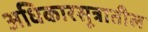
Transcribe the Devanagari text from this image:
अधिकारसूत्रातील